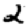
Digit: 2